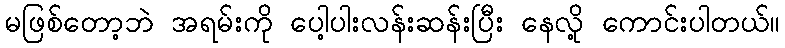
မဖြစ်တော့ဘဲ အရမ်းကို ပေါ့ပါးလန်းဆန်းပြီး နေလို့ ကောင်းပါတယ်။